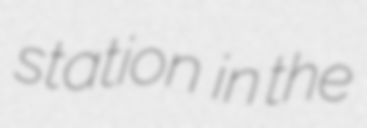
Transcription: station  in the